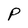
Character: P